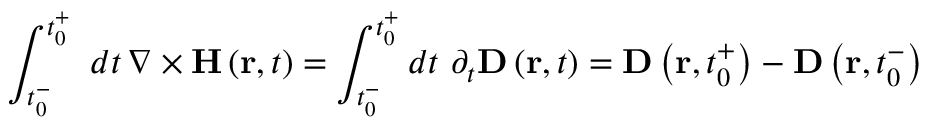
\int _ { t _ { 0 } ^ { - } } ^ { t _ { 0 } ^ { + } } \, \, d t \, \nabla \times \mathbf { H } \left( \mathbf { r } , t \right) = \int _ { t _ { 0 } ^ { - } } ^ { t _ { 0 } ^ { + } } d t \, \, \partial _ { t } \mathbf { D } \left( \mathbf { r } , t \right) = \mathbf { D } \left( \mathbf { r } , t _ { 0 } ^ { + } \right) - \mathbf { D } \left( \mathbf { r } , t _ { 0 } ^ { - } \right)